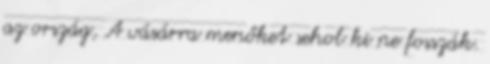
az ország, A vásárra menőket sehol ki ne fosszák.